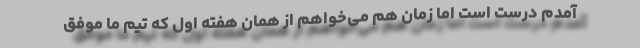
آمدم درست است اما زمان هم می‌خواهم از همان هفته اول که تیم ما موفق